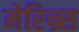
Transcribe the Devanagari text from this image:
मेरिन्र्स